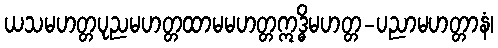
ယသမဟတ္တပုညမဟတ္တထာမမဟတ္တဣဒ္ဓိမဟတ္တ-ပညာမဟတ္တာနံ၊